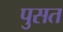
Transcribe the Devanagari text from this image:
पुसत